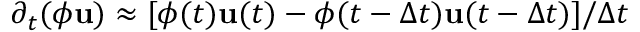
\partial _ { t } ( \phi \mathbf { u } ) \approx [ \phi ( t ) \mathbf { u } ( t ) - \phi ( t - \Delta t ) \mathbf { u } ( t - \Delta t ) ] / \Delta t